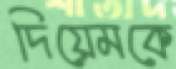
দিয়েমকে